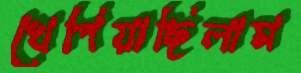
খেপিয়াছিলাম